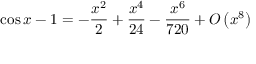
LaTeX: \cos x - 1 = - { \frac { x ^ { 2 } } { 2 } } + { \frac { x ^ { 4 } } { 2 4 } } - { \frac { x ^ { 6 } } { 7 2 0 } } + { O } \left( x ^ { 8 } \right)